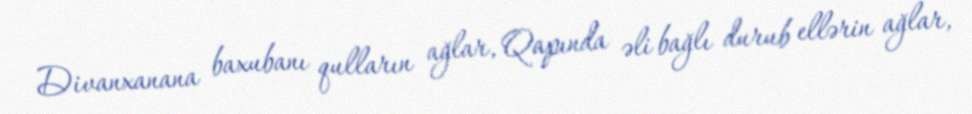
Divanxanana baxubanı qulların ağlar, Qapında əli bağlı durub ellərin ağlar,